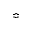
\Bumpeq